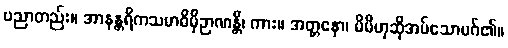
ပညာတည်း။ အာနန္တရိကသမာဓိမှိဉာဏန္တိ၊ ကား။ အတ္တနော၊ မိမိဟုဆိုအပ်သောမဂ်၏။